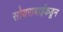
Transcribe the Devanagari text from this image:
सोयराबाईकडून